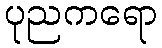
ပုညကရော